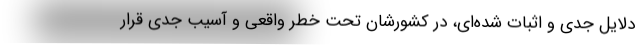
دلایل جدی و اثبات شده‌ای، در کشورشان تحت خطر واقعی و آسیب جدی قرار